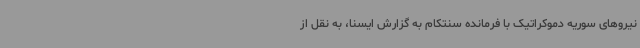
نیروهای سوریه دموکراتیک با فرمانده سنتکام به گزارش ایسنا، به نقل از